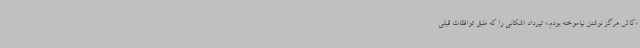
«کاش هرگز نوشتن نیاموخته بودم.» تیرداد اشکانی را که طبق توافقات قبلی